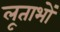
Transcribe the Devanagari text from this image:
लूताभों